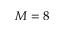
M = 8